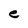
Character: e